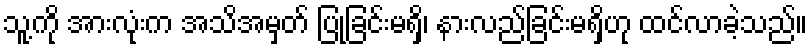
သူ့ကို အားလုံးက အသိအမှတ် ပြုခြင်းမရှိ၊ နားလည်ခြင်းမရှိဟု ထင်လာခဲ့သည်။